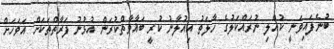
ބުނެފައިވަނީ ކުއްލި ނުރައްކަލުގެ ހާލަތު އިއުލާނު ކުރީ ބަޣާވާތްކުރަން އުޅުނު ފަރާތްތަކަށް އަވަހަށް